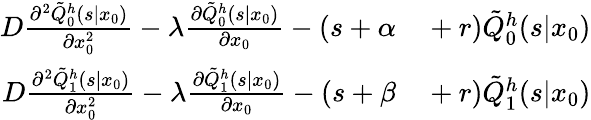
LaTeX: \begin{array}{rl}{D\frac{\partial^{2}\tilde{Q}_{0}^{h}(s|x_{0})}{\partial x_{0}^{2}}-\lambda\frac{\partial\tilde{Q}_{0}^{h}(s|x_{0})}{\partial x_{0}}-(s+\alpha}&{{}+r)\tilde{Q}_{0}^{h}(s|x_{0})}\\ {D\frac{\partial^{2}\tilde{Q}_{1}^{h}(s|x_{0})}{\partial x_{0}^{2}}-\lambda\frac{\partial\tilde{Q}_{1}^{h}(s|x_{0})}{\partial x_{0}}-(s+\beta}&{{}+r)\tilde{Q}_{1}^{h}(s|x_{0})}\end{array}